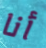
أنا